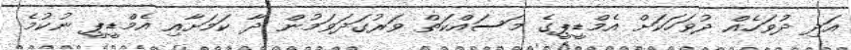
އަދި ދުވަހެއް ދުވަހަކަށް އެމްޑީޕީގެ މަސައްކަތް ވަރުގަދަވަމުން ދާ ކަމަށާއި އެމްޑީޕީ ނުކުމެ